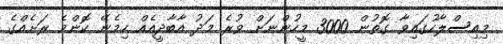
މިއިސްލާހުގައިވާ ގޮތުން 3000 މީހުންނަށް ވުރެ މަދު އާބާދީއެއް ހިމެނޭ ކޮންމެ ރަށެއްގެ